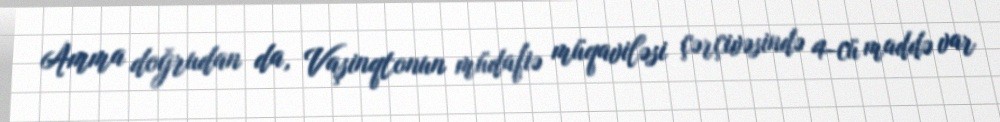
Amma doğrudan da, Vaşinqtonun müdafiə müqaviləsi çərçivəsində 4-cü maddə var